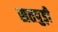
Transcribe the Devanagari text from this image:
सतपुड़ी